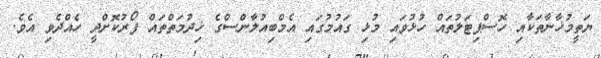
ޔަތީމުޚާނާތަކާއި ހޮސްޕިޓަލުތައް ހުޅުވައި މުޅި ގައުމުގައި އެމްބިއުލާންސްގެ ޚިދުމަތްތައް ފޯރުކޮށްދީ ހެއްދެވި އެވެ.